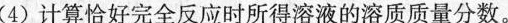
(4)计算恰好完全反应时所得溶液的溶质质量分数。